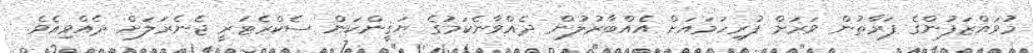
މުވައްޒަފުންގެ ފަރާތުން ވަރަށް ފުރިހަމައަށް އެއްބާރުލުން ދެއްވާނެކަމުގެ ޔަޤީންކަން ސެކްރެޓަރީ ޖެނެރަލަށް ދެއްވިއެވެ.